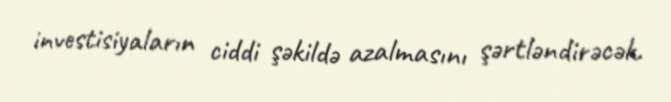
investisiyaların ciddi şəkildə azalmasını şərtləndirəcək.